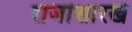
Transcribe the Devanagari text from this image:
राजांसारखे